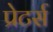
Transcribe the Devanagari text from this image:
प्रेटर्स